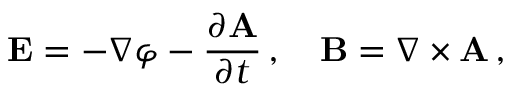
\mathbf { E } = - \nabla \varphi - { \frac { \partial \mathbf { A } } { \partial t } } \, , \quad \mathbf { B } = \nabla \times \mathbf { A } \, ,